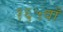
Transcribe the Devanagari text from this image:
१६५वाँ